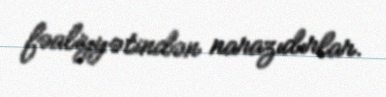
fəaliyyətindən narazıdırlar.